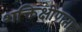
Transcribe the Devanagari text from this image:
शक्तिक्षीणता